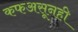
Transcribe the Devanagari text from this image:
कफअसूनही